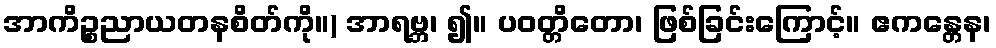
အာကိဉ္စညာယတနစိတ်ကို။) အာရဗ္ဘ၊ ၍။ ပဝတ္တိတော၊ ဖြစ်ခြင်းကြောင့်။ ဧကန္တေန၊